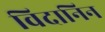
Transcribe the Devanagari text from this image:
विदानिन